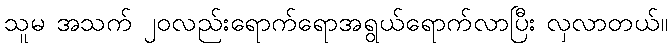
သူမ အသက် ၂၀လည်းရောက်ရောအရွယ်ရောက်လာပြီး လှလာတယ်။